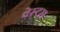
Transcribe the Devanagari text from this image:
वेस्टस